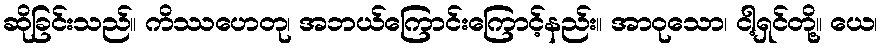
ဆိုခြင်းသည်။ ကိဿဟေတု၊ အဘယ်ကြောင်းကြောင့်နည်း။ အာဝုသော၊ ငါ့ရှင်တို့။ ယေ၊